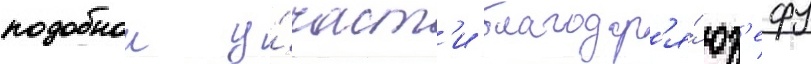
подобнои у́част'и благодар'я́ юз'ефу